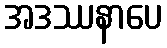
အဒဿနာပေ